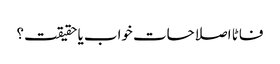
فاٹا اصلاحات خواب یا حقیقت؟